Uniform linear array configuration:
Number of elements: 24
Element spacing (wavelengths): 0.75
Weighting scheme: blackman
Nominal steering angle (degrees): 0
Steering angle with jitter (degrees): -0.8226
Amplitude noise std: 0.05
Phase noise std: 0.05

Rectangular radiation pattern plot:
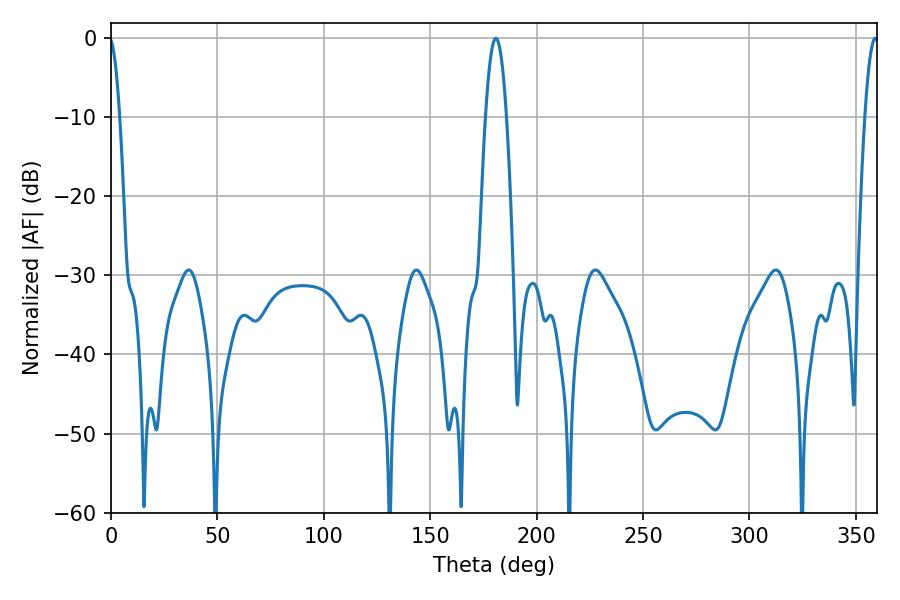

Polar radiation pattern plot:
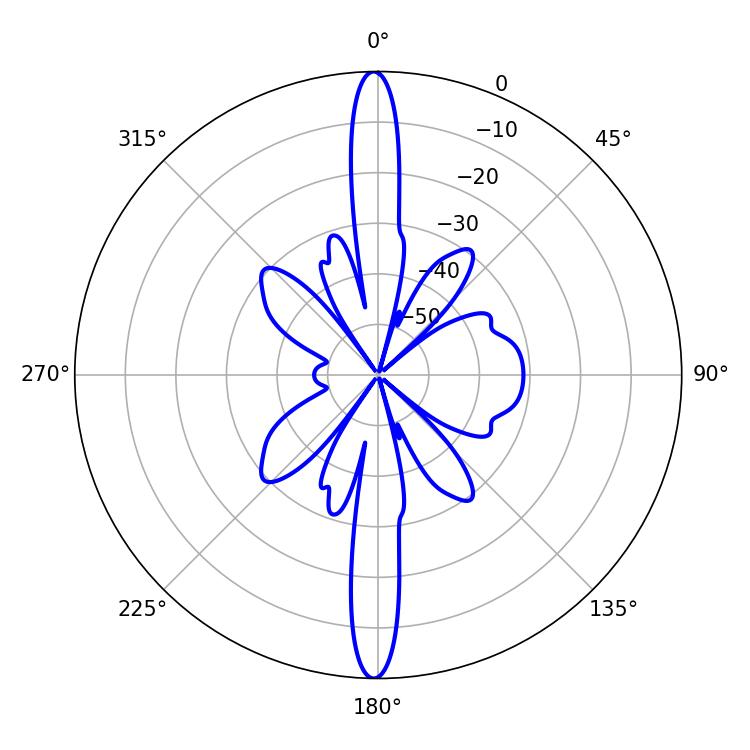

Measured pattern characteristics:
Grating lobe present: TRUE
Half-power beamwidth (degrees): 5.4
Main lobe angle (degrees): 180.9